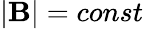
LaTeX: |{\mathbf B}|=const